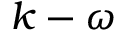
k - \omega